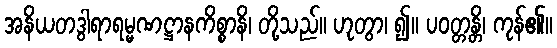
အနိယတဒွါရာရမ္မဏဋ္ဌာနကိစ္စာနိ၊ တို့သည်။ ဟုတွာ၊ ၍။ ပဝတ္တန္တိ၊ ကုန်၏။